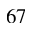
^ Ḋ 6 7 Ḍ